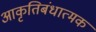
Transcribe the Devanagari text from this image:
आकृतिबंधात्मक